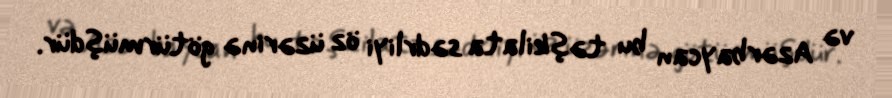
və Azərbaycan bu təşkilata sədrliyi öz üzərinə götürmüşdür.